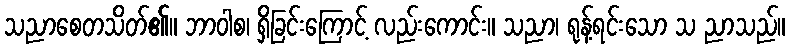
သညာစေတသိတ်၏။ ဘာဝါစ၊ ရှိခြင်းကြောင့် လည်းကောင်း။ သညာ၊ ရုန့်ရင်းသော သ ညာသည်။